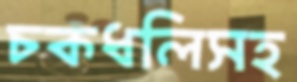
চকধলিসহ